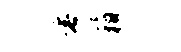
垂箱